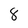
Character: 8